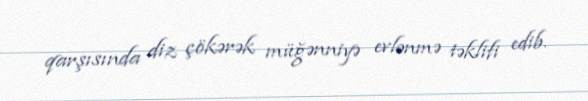
qarşısında diz çökərək müğənniyə evlənmə təklifi edib.